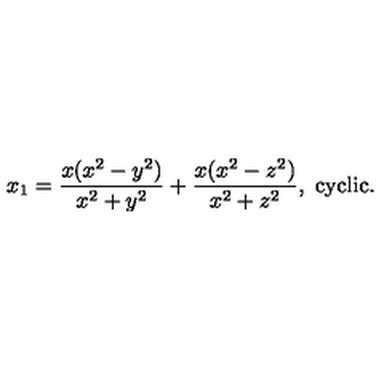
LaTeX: x _ { 1 } = \frac { x ( x ^ { 2 } - y ^ { 2 } ) } { x ^ { 2 } + y ^ { 2 } } + \frac { x ( x ^ { 2 } - z ^ { 2 } ) } { x ^ { 2 } + z ^ { 2 } } , \ \mathrm { c y c l i c } .